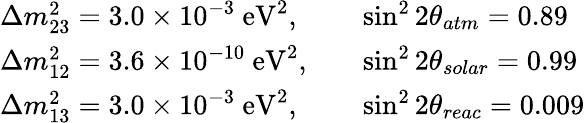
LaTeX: \begin{array}{ll}{{\Delta m_{23}^{2}=3.0\times 10^{-3}\ \mathrm{eV^{2}},\quad}}&{{\sin^{2}2\theta_{atm}=0.89}}\\ {{\Delta m_{12}^{2}=3.6\times 10^{-10}\ \mathrm{eV^{2}},\quad}}&{{\sin^{2}2\theta_{solar}=0.99}}\\ {{\Delta m_{13}^{2}=3.0\times 10^{-3}\ \mathrm{eV^{2}},\quad}}&{{\sin^{2}2\theta_{reac}=0.009}}\end{array}